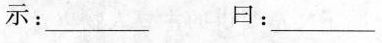
示：______ 曰：___